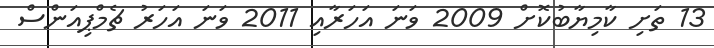
13 ތަށި ކާމިޔާބުކޮށް 2009 ވަނަ އަހަރާއި 2011 ވަނަ އަހަރު ޗެމްޕިއަންސް